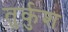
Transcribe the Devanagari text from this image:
तुर्कुश